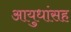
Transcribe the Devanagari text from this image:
आयुधांसह